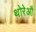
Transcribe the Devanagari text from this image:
थोरेऔ